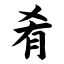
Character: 肴